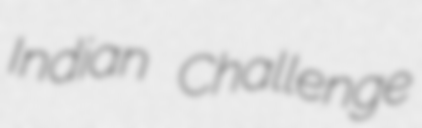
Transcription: Indian Challenge